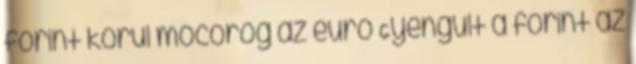
forint körül mocorog az euró Gyengült a forint az